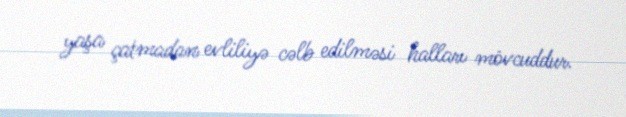
yaşa çatmadan evliliyə cəlb edilməsi halları mövcuddur.